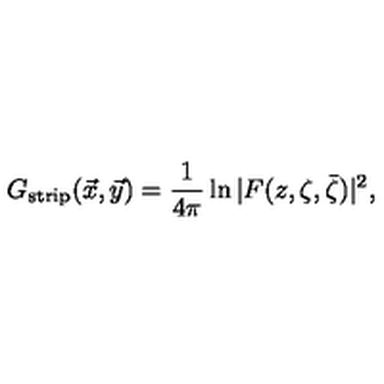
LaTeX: G _ { \mathrm { s t r i p } } ( \vec { x } , \vec { y } ) = { \frac { 1 } { 4 \pi } } \ln | F ( z , \zeta , \bar { \zeta } ) | ^ { 2 } , \nonumber